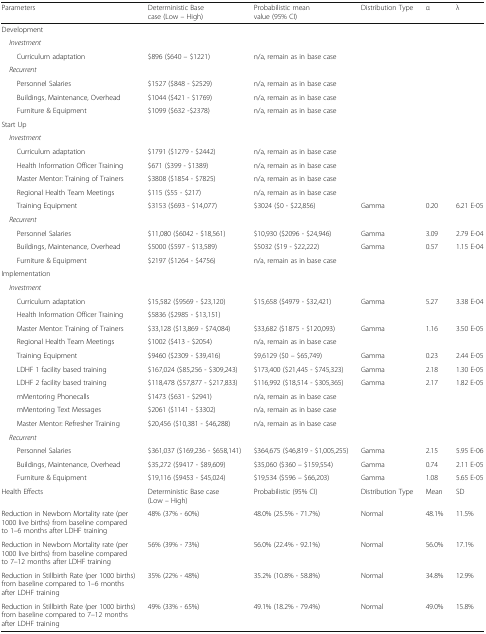
<table><thead><tr><td><b>Parameters</b></td><td><b>Deterministic Base case (Low – High)</b></td><td><b>Probabilistic mean value (95% CI)</b></td><td><b>Distribution Type</b></td><td><b>α</b></td><td><b>λ</b></td></tr></thead><tbody><tr><td colspan="6">Development</td></tr><tr><td colspan="6"> <i>Investment</i></td></tr><tr><td>Curriculum adaptation</td><td>$896 ($640 – $1221)</td><td>n/a, remain as in base case</td><td></td><td></td><td></td></tr><tr><td> <i>Recurrent</i></td><td></td><td></td><td></td><td></td><td></td></tr><tr><td>Personnel Salaries</td><td>$1527 ($848 - $2529)</td><td>n/a, remain as in base case</td><td></td><td></td><td></td></tr><tr><td>Buildings, Maintenance, Overhead</td><td>$1044 ($421 - $1769)</td><td>n/a, remain as in base case</td><td></td><td></td><td></td></tr><tr><td>Furniture &amp; Equipment</td><td>$1099 ($632 -$2378)</td><td>n/a, remain as in base case</td><td></td><td></td><td></td></tr><tr><td colspan="6">Start Up</td></tr><tr><td colspan="6"> <i>Investment</i></td></tr><tr><td>Curriculum adaptation</td><td>$1791 ($1279 - $2442)</td><td>n/a, remain as in base case</td><td></td><td></td><td></td></tr><tr><td>Health Information Officer Training</td><td>$671 ($399 - $1389)</td><td>n/a, remain as in base case</td><td></td><td></td><td></td></tr><tr><td>Master Mentor: Training of Trainers</td><td>$3808 ($1854 - $7825)</td><td>n/a, remain as in base case</td><td></td><td></td><td></td></tr><tr><td>Regional Health Team Meetings</td><td>$115 ($55 - $217)</td><td>n/a, remain as in base case</td><td></td><td></td><td></td></tr><tr><td>Training Equipment</td><td>$3153 ($693 - $14,077)</td><td>$3024 ($0 - $22,856)</td><td>Gamma</td><td>0.20</td><td>6.21 E-05</td></tr><tr><td colspan="6"> <i>Recurrent</i></td></tr><tr><td>Personnel Salaries</td><td>$11,080 ($6042 - $18,561)</td><td>$10,930 ($2096 - $24,946)</td><td>Gamma</td><td>3.09</td><td>2.79 E-04</td></tr><tr><td>Buildings, Maintenance, Overhead</td><td>$5000 ($597 - $13,589)</td><td>$5032 ($19 - $22,222)</td><td>Gamma</td><td>0.57</td><td>1.15 E-04</td></tr><tr><td>Furniture &amp; Equipment</td><td>$2197 ($1264 - $4756)</td><td>n/a, remain as in base case</td><td></td><td></td><td></td></tr><tr><td colspan="6">Implementation</td></tr><tr><td colspan="6"> <i>Investment</i></td></tr><tr><td>Curriculum adaptation</td><td>$15,582 ($9569 - $23,120)</td><td>$15,658 ($4979 - $32,421)</td><td>Gamma</td><td>5.27</td><td>3.38 E-04</td></tr><tr><td>Health Information Officer Training</td><td>$5836 ($2985 - $13,151)</td><td></td><td></td><td></td><td></td></tr><tr><td>Master Mentor: Training of Trainers</td><td>$33,128 ($13,869 - $74,084)</td><td>$33,682 ($1875 - $120,093)</td><td>Gamma</td><td>1.16</td><td>3.50 E-05</td></tr><tr><td>Regional Health Team Meetings</td><td>$1002 ($413 - $2054)</td><td>n/a, remain as in base case</td><td></td><td></td><td></td></tr><tr><td>Training Equipment</td><td>$9460 ($2309 - $39,416)</td><td>$9,6129 ($0 – $65,749)</td><td>Gamma</td><td>0.23</td><td>2.44 E-05</td></tr><tr><td>LDHF 1 facility based training</td><td>$167,024 ($85,256 - $309,243)</td><td>$173,400 ($21,445 - $745,323)</td><td>Gamma</td><td>2.18</td><td>1.30 E-05</td></tr><tr><td>LDHF 2 facility based training</td><td>$118,478 ($57,877 - $217,833)</td><td>$116,992 ($18,514 - $305,365)</td><td>Gamma</td><td>2.17</td><td>1.82 E-05</td></tr><tr><td>mMentoring Phonecalls</td><td>$1473 ($631 - $2941)</td><td>n/a, remain as in base case</td><td></td><td></td><td></td></tr><tr><td>mMentoring Text Messages</td><td>$2061 ($1141 - $3302)</td><td>n/a, remain as in base case</td><td></td><td></td><td></td></tr><tr><td>Master Mentor: Refresher Training</td><td>$20,456 ($10,381 - $46,288)</td><td>n/a, remain as in base case</td><td></td><td></td><td></td></tr><tr><td colspan="6"> <i>Recurrent</i></td></tr><tr><td>Personnel Salaries</td><td>$361,037 ($169,236 - $658,141)</td><td>$364,675 ($46,819 - $1,005,255)</td><td>Gamma</td><td>2.15</td><td>5.95 E-06</td></tr><tr><td>Buildings, Maintenance, Overhead</td><td>$35,272 ($9417 - $89,609)</td><td>$35,060 ($360 – $159,554)</td><td>Gamma</td><td>0.74</td><td>2.11 E-05</td></tr><tr><td>Furniture &amp; Equipment</td><td>$19,116 ($9453 - $45,024)</td><td>$19,534 ($596 – $66,203)</td><td>Gamma</td><td>1.08</td><td>5.65 E-05</td></tr><tr><td>Health Effects</td><td>Deterministic Base case (Low – High)</td><td>Probabilistic (95% CI)</td><td>Distribution Type</td><td>Mean</td><td>SD</td></tr><tr><td>Reduction in Newborn Mortality rate (per 1000 live births) from baseline compared to 1–6 months after LDHF training</td><td>48% (37% - 60%)</td><td>48.0% (25.5% - 71.7%)</td><td>Normal</td><td>48.1%</td><td>11.5%</td></tr><tr><td>Reduction in Newborn Mortality rate (per 1000 live births) from baseline compared to 7–12 months after LDHF training</td><td>56% (39% - 73%)</td><td>56.0% (22.4% - 92.1%)</td><td>Normal</td><td>56.0%</td><td>17.1%</td></tr><tr><td>Reduction in Stillbirth Rate (per 1000 births) from baseline compared to 1–6 months after LDHF training</td><td>35% (22% - 48%)</td><td>35.2% (10.8% - 58.8%)</td><td>Normal</td><td>34.8%</td><td>12.9%</td></tr><tr><td>Reduction in Stillbirth Rate (per 1000 births) from baseline compared to 7–12 months after LDHF training</td><td>49% (33% - 65%)</td><td>49.1% (18.2% - 79.4%)</td><td>Normal</td><td>49.0%</td><td>15.8%</td></tr></tbody></table>